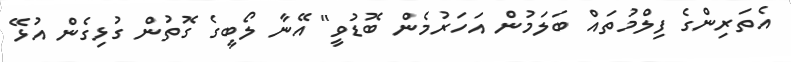
އެތަރިންގެ ފިލްމުތައް ބަލަމުން އަހަރުމެން ބޮޑުވީ" އޭނާ ލޯބީގެ ގޮތުން ގުޅިގެން އުޅޭ